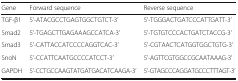
<table><thead><tr><td><b>Gene</b></td><td><b>Forward sequence</b></td><td><b>Reverse sequence</b></td></tr></thead><tbody><tr><td>TGF-β1</td><td>5’-ATACGCCTGAGTGGCTGTCT-3’</td><td>5’-TGGGACTGATCCCATTGATT-3’</td></tr><tr><td>Smad2</td><td>5’-TGAGCTTGAGAAAGCCATCA-3’</td><td>5’-TGTGTCCCACTGATCTACCG-3’</td></tr><tr><td>Smad3</td><td>5’-CATTACCATCCCCAGGTCAC-3’</td><td>5’-CGTAACTCATGGTGGCTGTG-3’</td></tr><tr><td>SnoN</td><td>5’-CCATTCAATGCCCCATCCT-3’</td><td>5’-AGTTCGTGGCCGCAATAAAG-3’</td></tr><tr><td>GAPDH</td><td>5’-CCTGCCAAGTATGATGACATCAAGA-3’</td><td>5’-GTAGCCCAGGATGCCCTTTAGT-3’</td></tr></tbody></table>